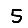
Digit: 5